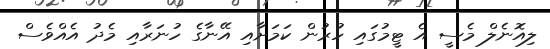
ލިއޮނެލް މެސީ އެ ޓީމުގައި ހުރުން ކަމަށާއި އޭނާގެ ހުނަރާއި މެދު އެއްވެސް